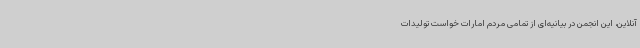
آنلاین، این انجمن در بیانیه‌ای از تمامی مردم امارات خواست تولیدات